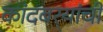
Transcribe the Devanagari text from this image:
कांदबर्‍यांची